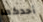
أحدكما